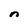
Character: n